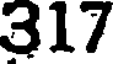
317